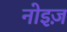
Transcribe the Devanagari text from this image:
नोइज़